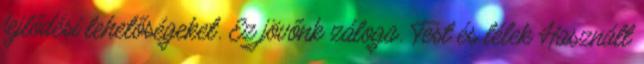
fejlődési lehetőségeket. Ez jövőnk záloga. Test és lélek Használt